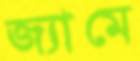
জ্যামে